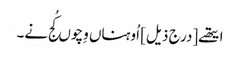
ایتھے [درج ذیل] اُوہناں وِچوں کُج نے۔